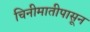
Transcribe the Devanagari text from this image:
चिनीमातीपासून